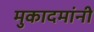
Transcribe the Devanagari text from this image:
मुकादमांनी